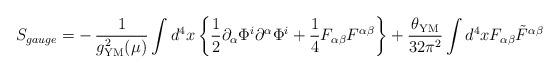
LaTeX: \begin{align*}S_{gauge} = -\,\frac{1}{g_{\rm YM}^{2} (\mu)} \int d^4 x \left\{ \frac{1}{2} \partial_{\alpha} \Phi^i \partial^{\alpha} \Phi^i + \frac{1}{4} F_{\alpha \beta} F^{\alpha \beta} \right\} + \frac{\theta_{\rm YM}}{32 \pi^2} \int d^4 x F_{\alpha \beta} {\tilde{F}}^{\alpha \beta} \end{align*}